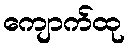
ကျောက်ထု